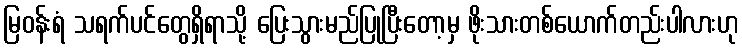
မြဝန်းရံ သရက်ပင်တွေရှိရာသို့ ပြေးသွားမည်ပြုပြီးတော့မှ ဖိုးသားတစ်ယောက်တည်းပါလားဟု